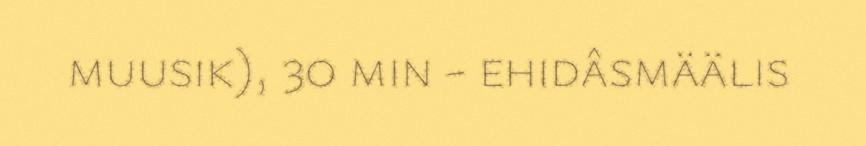
muusik), 30 min - ehidâsmäälis